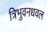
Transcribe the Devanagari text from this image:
त्रिभुवनधवल